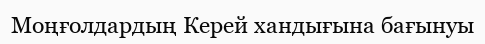
Моңғолдардың Керей хандығына бағынуы